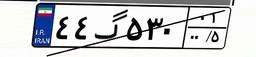
۸۲گ۹۶۸۳۷